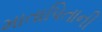
માતાપિતાની